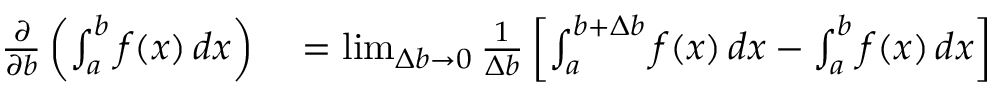
\begin{array} { r l } { { \frac { \partial } { \partial b } } \left( \int _ { a } ^ { b } f ( x ) \, d x \right) } & { { } = \operatorname* { l i m } _ { \Delta b \to 0 } { \frac { 1 } { \Delta b } } \left[ \int _ { a } ^ { b + \Delta b } f ( x ) \, d x - \int _ { a } ^ { b } f ( x ) \, d x \right] } \end{array}